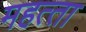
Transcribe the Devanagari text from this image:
महत्‍ता